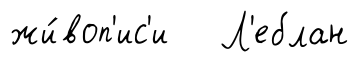
жи́воп'ис'и Л'еблан